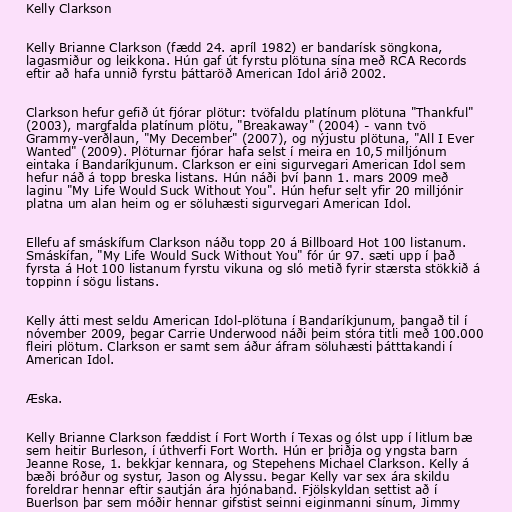
Kelly Clarkson

Kelly Brianne Clarkson (fædd 24. apríl 1982) er bandarísk söngkona,
lagasmiður og leikkona. Hún gaf út fyrstu plötuna sína með RCA Records
eftir að hafa unnið fyrstu þáttaröð American Idol árið 2002.

Clarkson hefur gefið út fjórar plötur: tvöfaldu platínum plötuna "Thankful"
(2003), margfalda platínum plötu, "Breakaway" (2004) - vann tvö
Grammy-verðlaun, "My December" (2007), og nýjustu plötuna, "All I Ever
Wanted" (2009). Plöturnar fjórar hafa selst í meira en 10,5 milljónum
eintaka í Bandaríkjunum. Clarkson er eini sigurvegari American Idol sem
hefur náð á topp breska listans. Hún náði því þann 1. mars 2009 með
laginu "My Life Would Suck Without You". Hún hefur selt yfir 20 milljónir
platna um alan heim og er söluhæsti sigurvegari American Idol.

Ellefu af smáskífum Clarkson náðu topp 20 á Billboard Hot 100 listanum.
Smáskífan, "My Life Would Suck Without You" fór úr 97. sæti upp í það
fyrsta á Hot 100 listanum fyrstu vikuna og sló metið fyrir stærsta stökkið á
toppinn í sögu listans.

Kelly átti mest seldu American Idol-plötuna í Bandaríkjunum, þangað til í
nóvember 2009, þegar Carrie Underwood náði þeim stóra titli með 100.000
fleiri plötum. Clarkson er samt sem áður áfram söluhæsti þátttakandi í
American Idol.

Æska.

Kelly Brianne Clarkson fæddist í Fort Worth í Texas og ólst upp í litlum bæ
sem heitir Burleson, í úthverfi Fort Worth. Hún er þriðja og yngsta barn
Jeanne Rose, 1. bekkjar kennara, og Stepehens Michael Clarkson. Kelly á
bæði bróður og systur, Jason og Alyssu. Þegar Kelly var sex ára skildu
foreldrar hennar eftir sautján ára hjónaband. Fjölskyldan settist að í
Buerlson þar sem móðir hennar gifstist seinni eiginmanni sínum, Jimmy